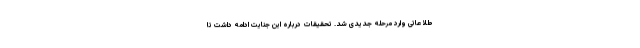
طلاعاتی وارد مرحله جدیدی شد. تحقیقات درباره این جنایت ادامه داشت تا